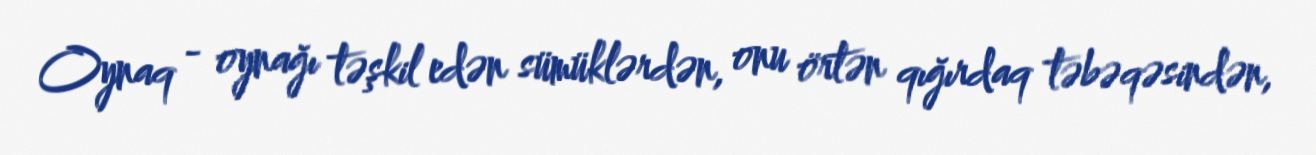
Oynaq - oynağı təşkil edən sümüklərdən, onu örtən qığırdaq təbəqəsindən,